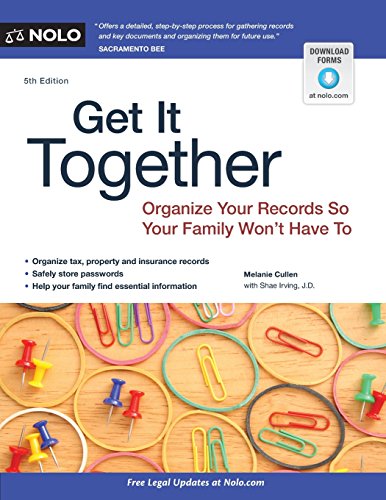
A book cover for Get It Together: Organize Your Records So Your Family Won't Have To; Melanie Cullen; Law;